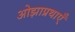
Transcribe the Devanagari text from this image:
ओझाप्रथाएँ